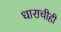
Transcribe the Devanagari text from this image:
धाराचीही